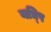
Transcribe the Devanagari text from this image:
यध्पि